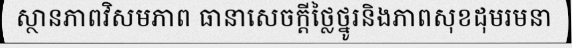
ស្ថានភាពវិសមភាព ធានាសេចក្តីថ្លៃថ្នូរនិងភាពសុខដុមរមនា